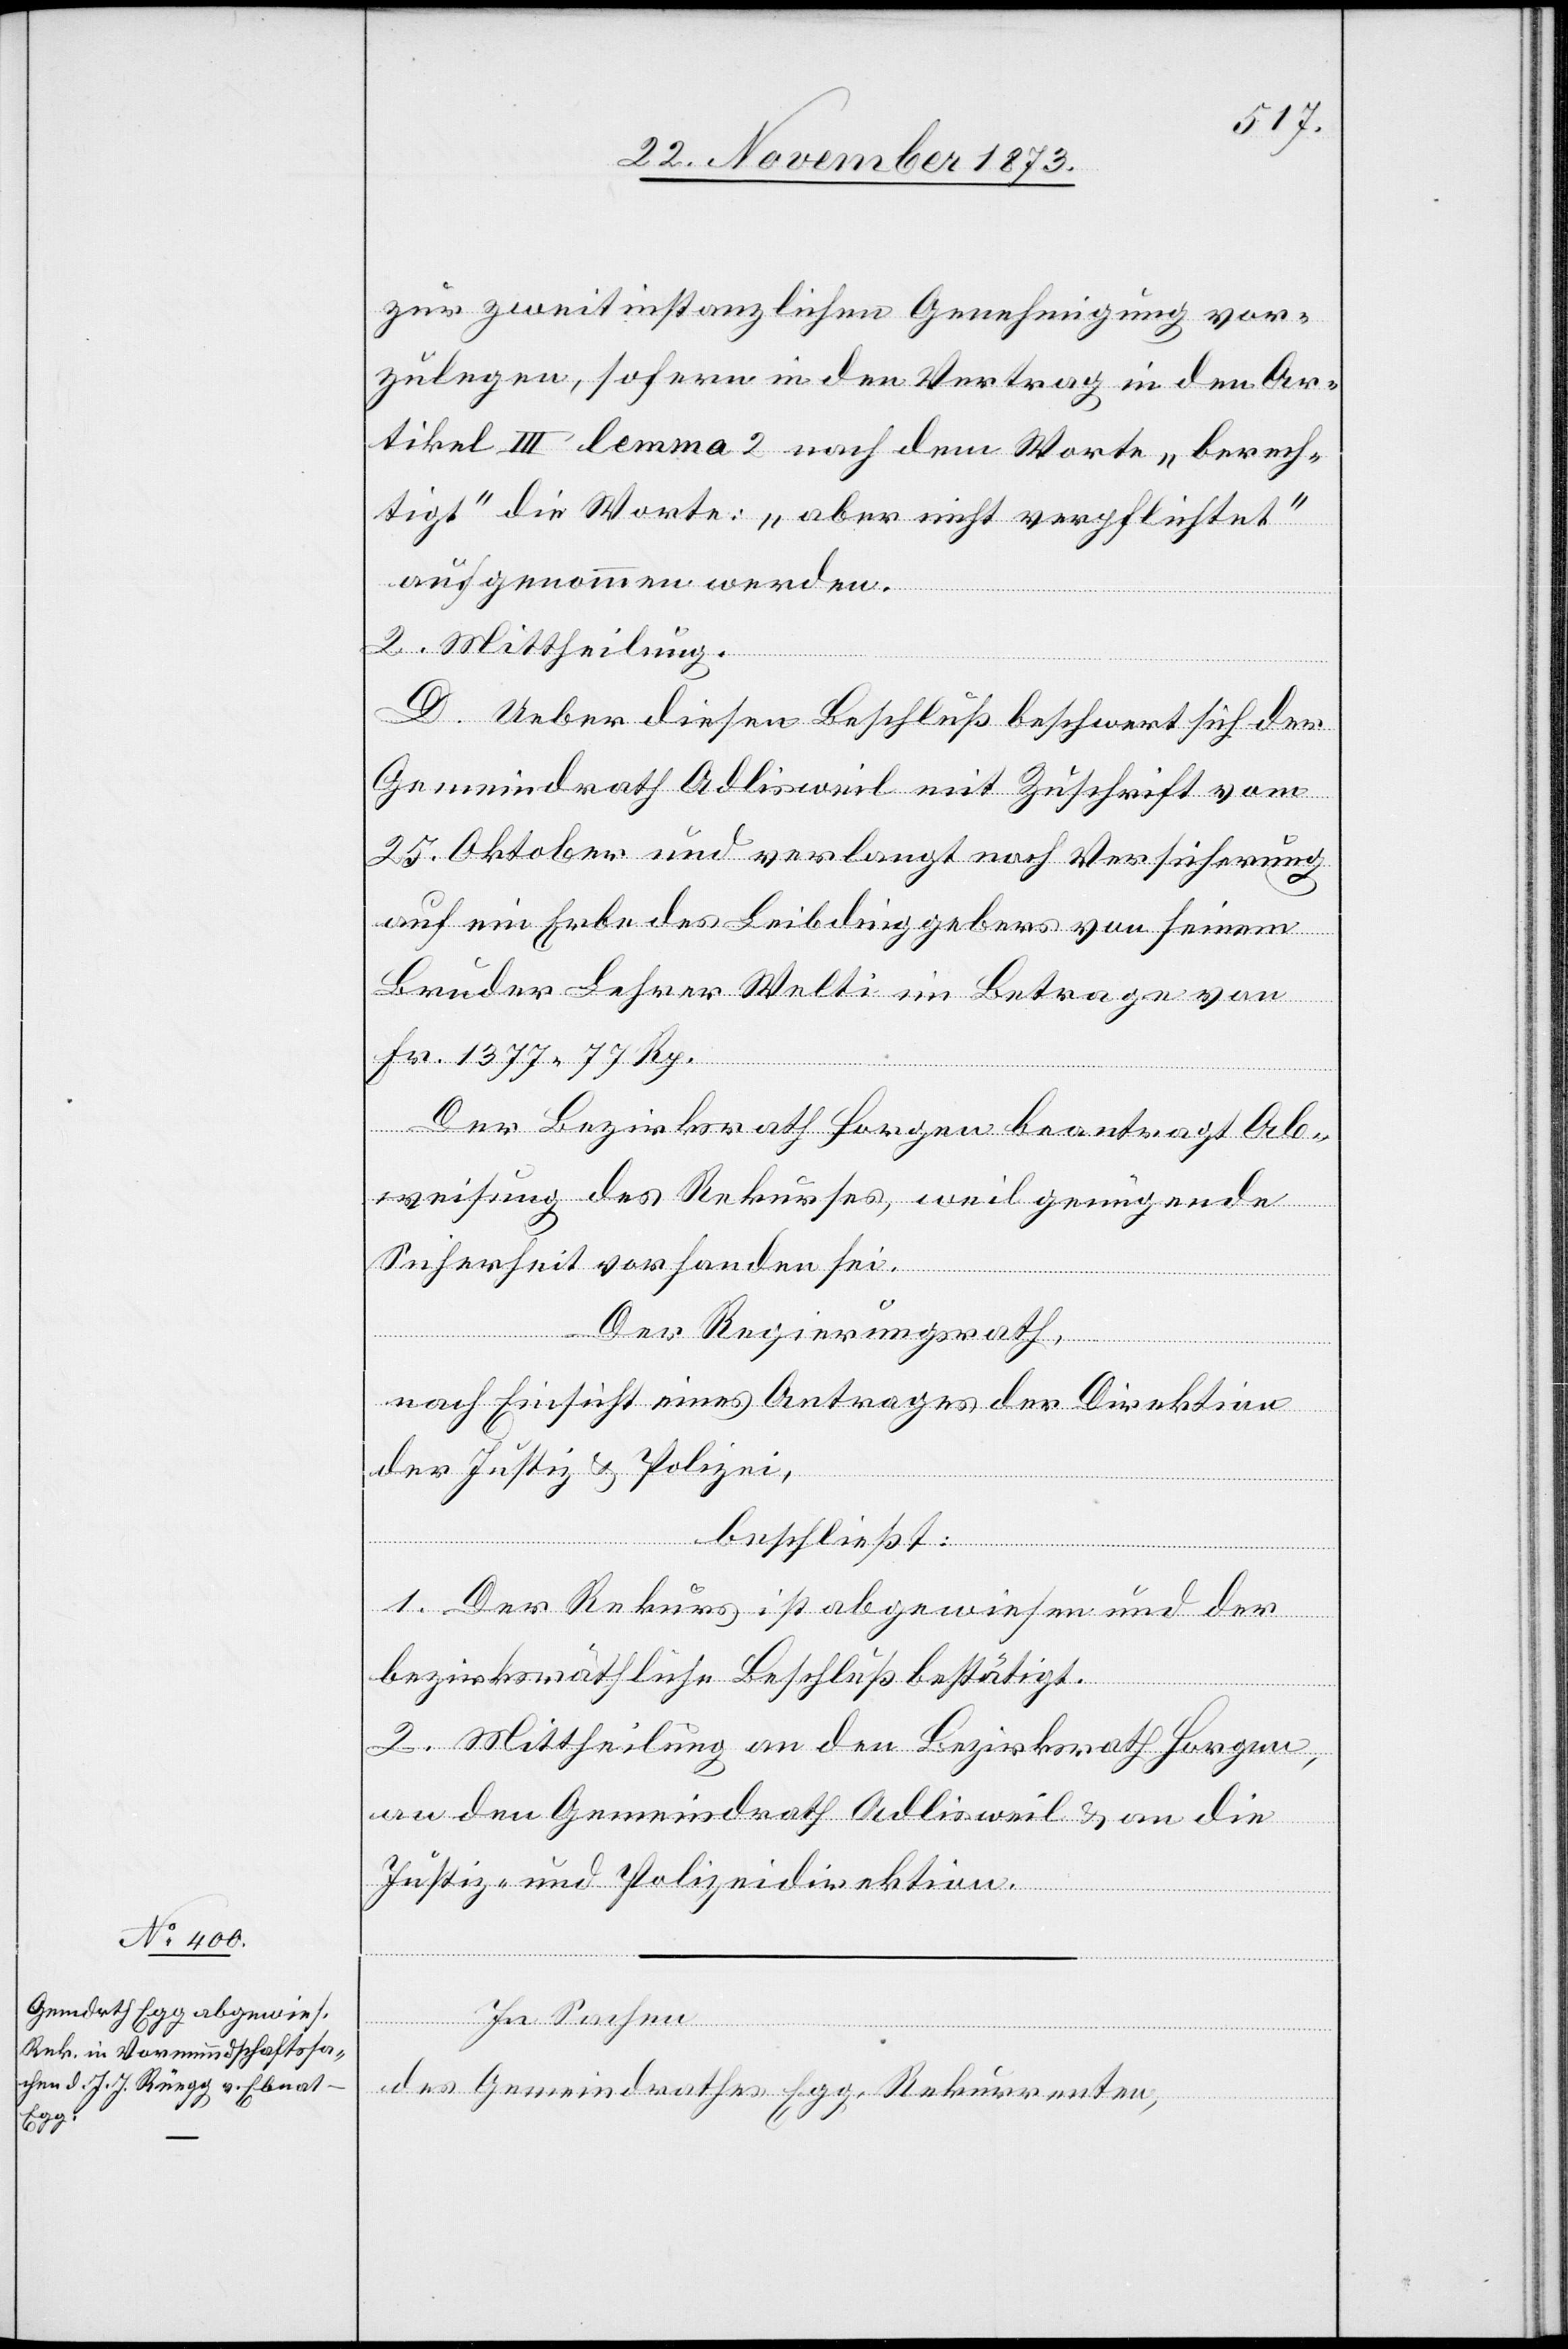
zur zweitinstanzlichen Genehmigung vor¬
zulegen, sofern in den Vertrag in den Ar¬
tikel III lemma 2 nach dem Worte „berech¬
tigt“ die Worte: „aber nicht verpflichtet“
aufgenommen werden.
2. Mittheilung.
D. Ueber diesen Beschluß beschwert sich der
Gemeindrath Adlisweil mit Zuschrift vom
25. Oktober und verlangt noch Versicherung
auf ein Erbe des Leibdinggebers von seinem
Bruder Lehrer Welti im Betrage von
Fr. 1277 77 Rp.
Der Bezirksrath Horgen beantragt Ab¬
weisung des Rekurses, weil genügende
Sicherheit vorhanden sei.
Der Regierungsrath,
nach Einsicht eines Antrages der Direktion
der Justiz & Polizei,
beschließt:
1. Der Rekurs ist abgewiesen und der
bezirksräthliche Beschluß bestätigt.
2. Mittheilung an den Bezirksrath Horgen,
an den Gemeindrath Adlisweil & an die
Justiz- und Polizeidirektion.
In Sachen
des Gemeindrathes Egg, Rekurrenten,